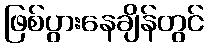
ဖြစ်ပွားနေချိန်တွင်